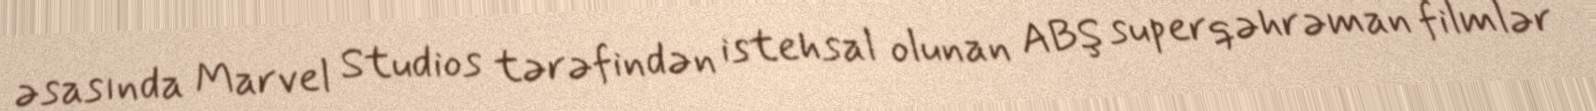
əsasında Marvel Studios tərəfindən istehsal olunan ABŞ superqəhrəman filmlər